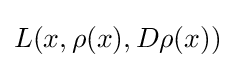
L(x,\rho (x),D\rho (x))